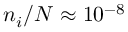
n _ { i } / N \approx 1 0 ^ { - 8 }